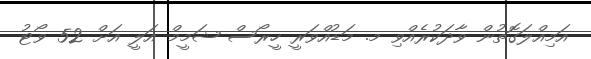
އަމިއްލަގޮތުން ވާދަކުރެއްވި މ. މަޑުއްވަރީ ހީރޯސް ޝަމީމް އަލީ އަށް 52 ވޯޓު